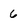
Character: 6